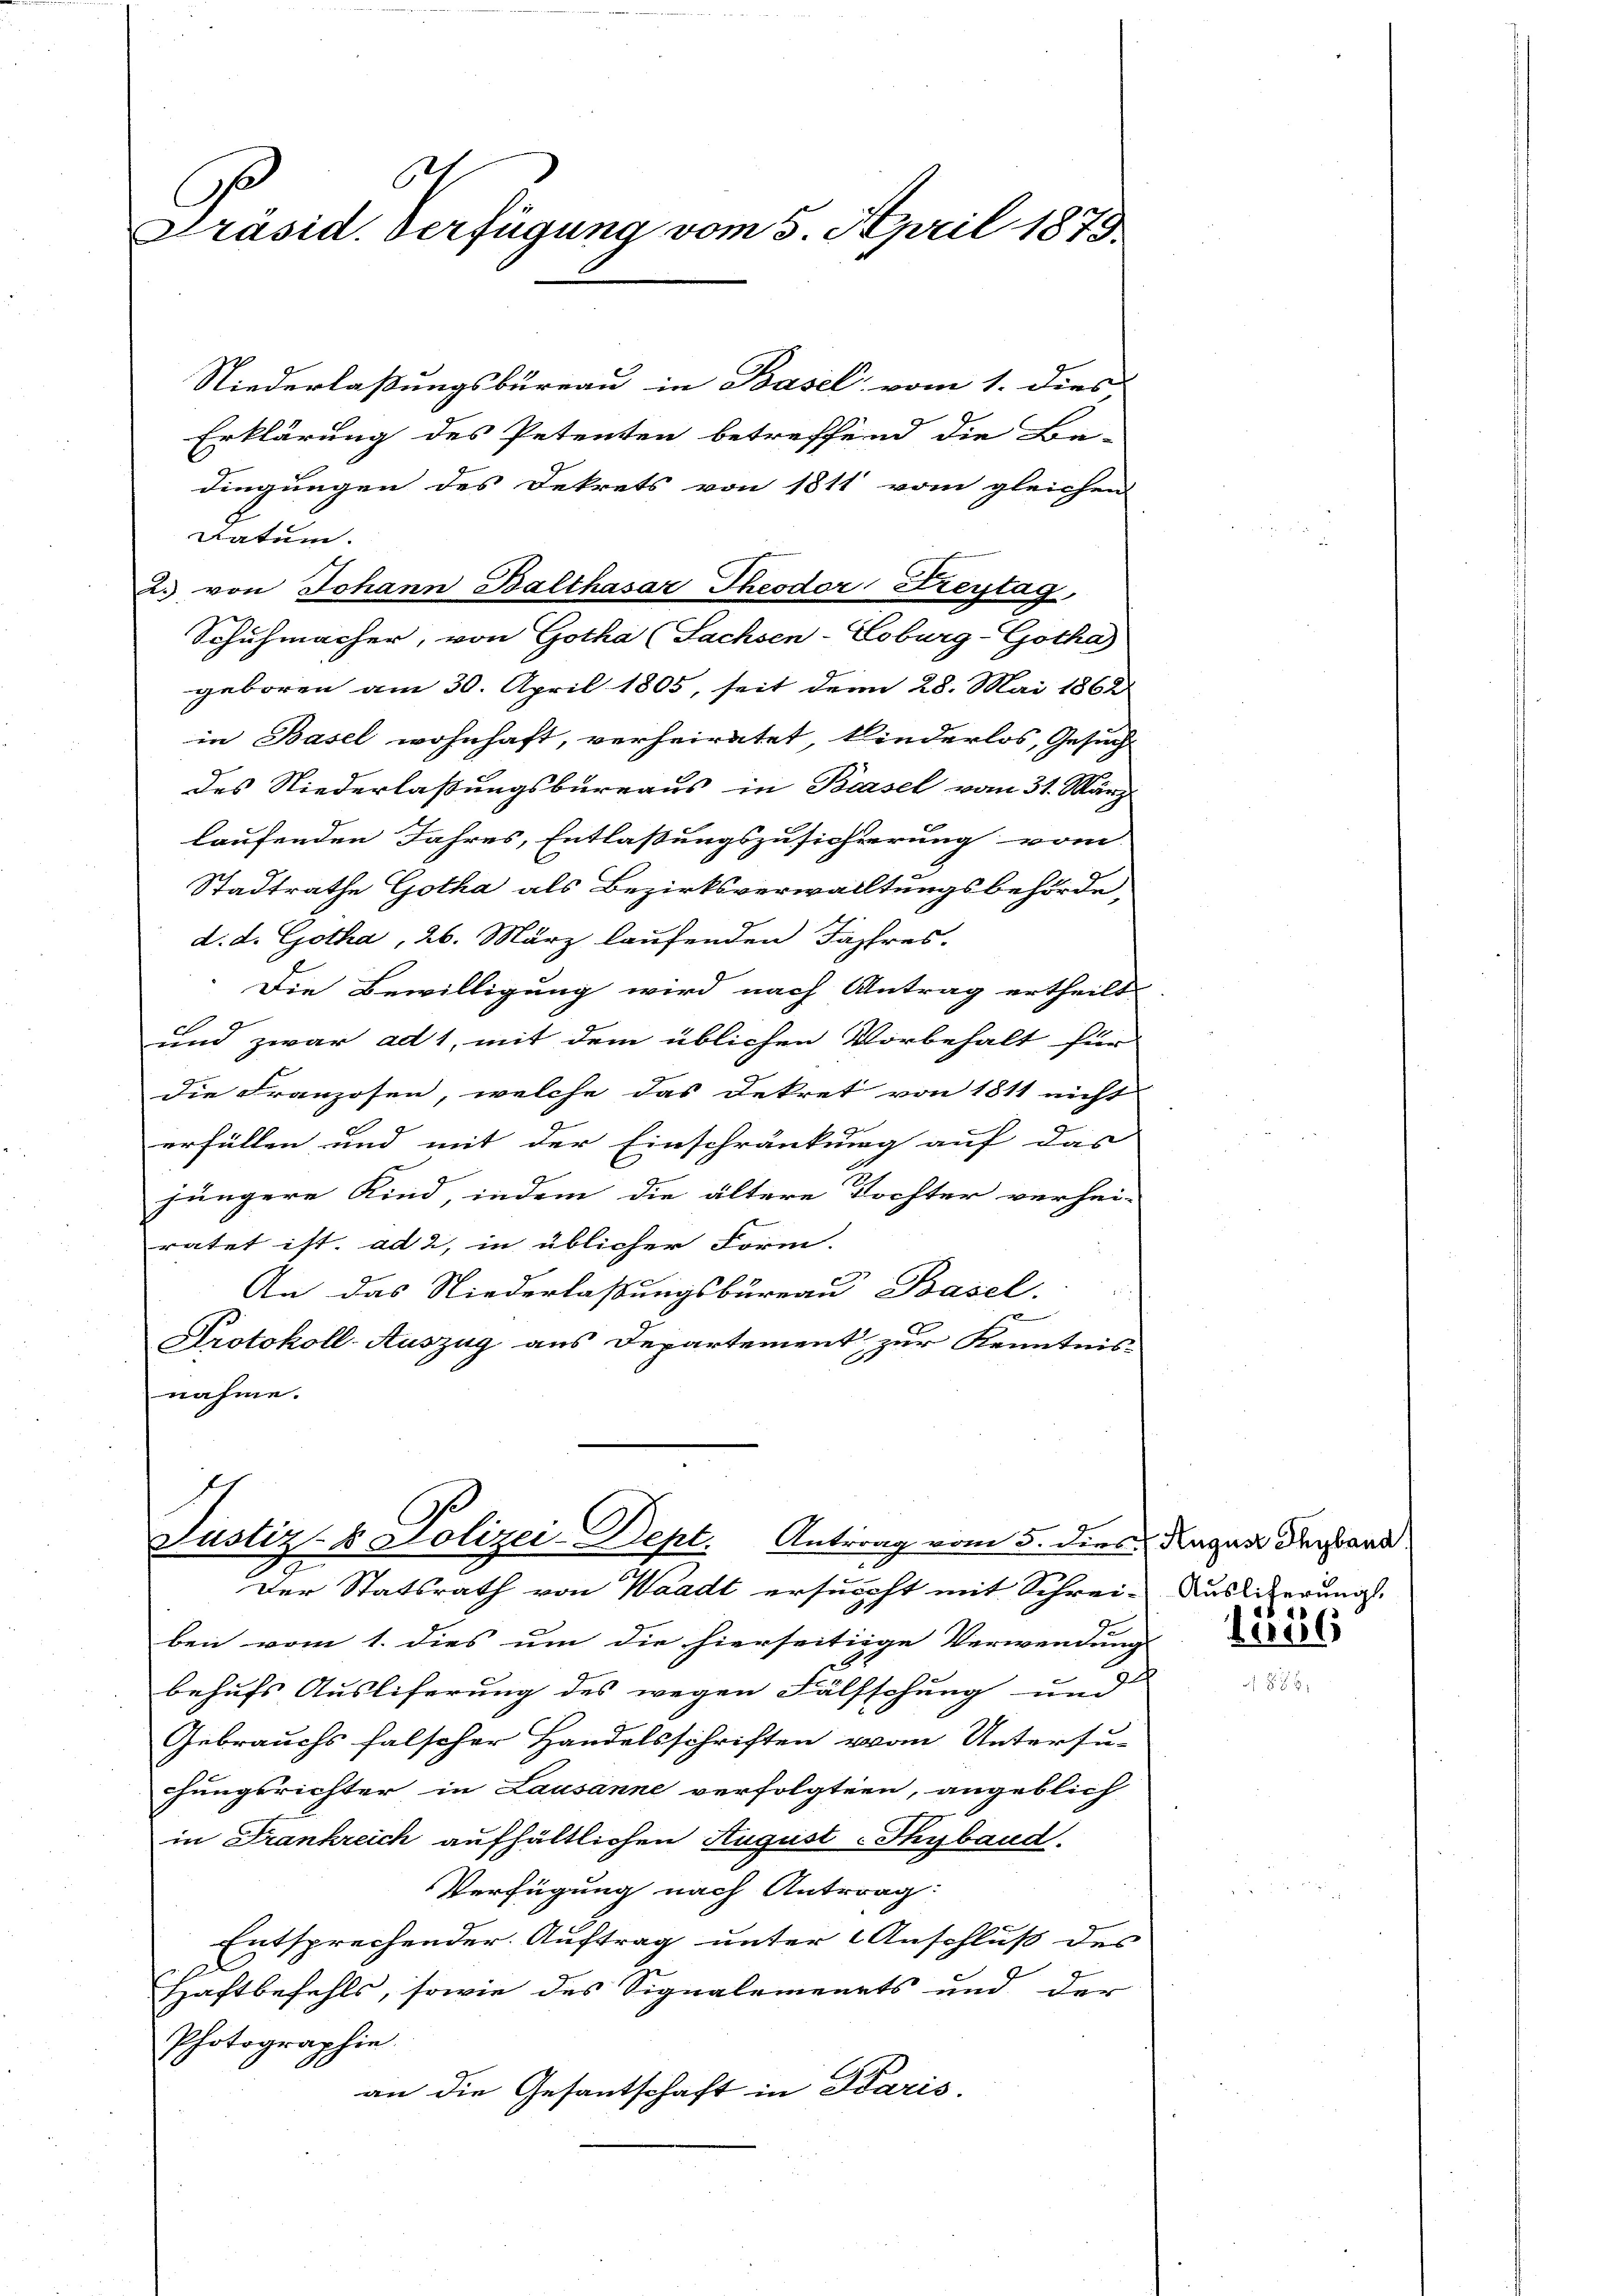
6
e
Präsid. Verfügung vom 5. April 1873

Niederlaßungsbureau in Basel vom 1. dies
Erklärung des Petenten betreffend die Be-
dingungen des Dekrets von 1811 vom gleichen
8
Datum.
geboren am 30. April 1805, seit den 28. Mai 1862
in Basel wohnhaft, verheiratet, kinderlos, Gesuch
des Niederlaßungsbureaus in Basel vom 31. März.
laufenden Jahres, Entlaßungszusichterung vom
Stadtrathe Gotha als Bezirksverwalltungsbehörde,
d. d. Gotha, 26. März laufenden Jahres-
Die Bewilligung wird nach Antrag ertheilt
c
und zwar ad 1, mit dem üblichen Vorbehalt für
die Franzosen, welche das Dekret von 1811 nicht
erfüllen und mit der Einschränkung auf das
jüngere Kind, indem die ältere Tochter verhei-
ratet ist. ad 2, in üblicher Form.
.
An das Niederlassungsbureau Basel.
1
Protokoll-Auszug aus Departement zur Kenntnis-
nahme.

2. von Johann Balthasar Theodor Freytag

Schuhmacher, von Gotha (Sachsen-Loburg-Gotha

1
Justiz- & Polizei-Dept. Antrag vom 5. dies
f
Der Statsrath von Waadt ersucht mit Schrei-Kuslierung.

ben vom 1. dies um die hierseitige Verwendung
behufs Ausliferung des wegen Fälfschung und
Gebrauchs falscher Handelsschriften vom Untersu-
hungsrichter in Lausanne verfolgten, angeblich
in Frankreich aufhältlichen August - Thybaud.
Verfügung nach Antrag:
Entsprechender Auftrag unter Anschluß des
Haftbefehls, sowie des Signalements und der
Photographie.
an die Gesantschaft in Paris.

2 August Thyband

12856